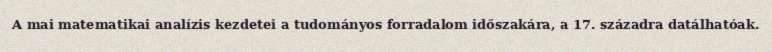
A mai matematikai analízis kezdetei a tudományos forradalom időszakára, a 17. századra datálhatóak.